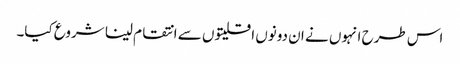
اس طرح انہوں نے ان دونوں اقلیتوں سے انتقام لینا شروع کیا۔